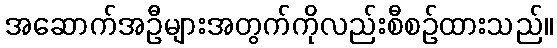
အဆောက်အဦများအတွက်ကိုလည်းစီစဉ်ထားသည်။